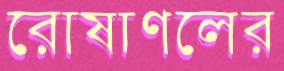
রোষাণলের